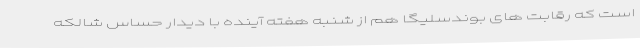
است که رقابت های بوندسلیگا هم از شنبه هفته آینده با دیدار حساس شالکه